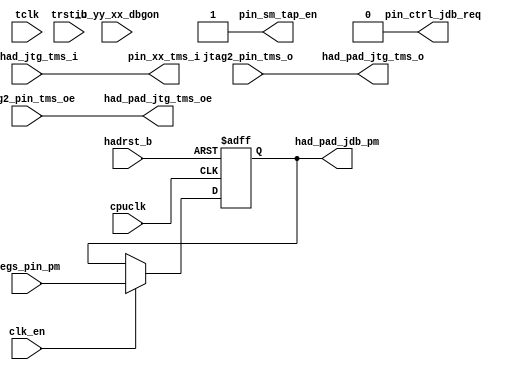
/*Copyright 2018-2021 T-Head Semiconductor Co., Ltd.

Licensed under the Apache License, Version 2.0 (the "License");
you may not use this file except in compliance with the License.
You may obtain a copy of the License at

    http://www.apache.org/licenses/LICENSE-2.0

Unless required by applicable law or agreed to in writing, software
distributed under the License is distributed on an "AS IS" BASIS,
WITHOUT WARRANTIES OR CONDITIONS OF ANY KIND, either express or implied.
See the License for the specific language governing permissions and
limitations under the License.
*/
module cr_had_pin(
  clk_en,
  cpuclk,
  had_pad_jdb_pm,
  had_pad_jtg_tms_o,
  had_pad_jtg_tms_oe,
  hadrst_b,
  iu_yy_xx_dbgon,
  jtag2_pin_tms_o,
  jtag2_pin_tms_oe,
  pad_had_jtg_tms_i,
  pin_ctrl_jdb_req,
  pin_sm_tap_en,
  pin_xx_tms_i,
  regs_pin_pm,
  tclk,
  trst_b
);

// &Ports; @21
input          clk_en;            
input          cpuclk;            
input          hadrst_b;          
input          iu_yy_xx_dbgon;    
input          jtag2_pin_tms_o;   
input          jtag2_pin_tms_oe;  
input          pad_had_jtg_tms_i; 
input   [1:0]  regs_pin_pm;       
input          tclk;              
input          trst_b;            
output  [1:0]  had_pad_jdb_pm;    
output         had_pad_jtg_tms_o; 
output         had_pad_jtg_tms_oe; 
output         pin_ctrl_jdb_req;  
output         pin_sm_tap_en;     
output         pin_xx_tms_i;      

// &Regs; @22
reg            had_pad_jdb_ack_b; 
reg     [1:0]  had_pad_jdb_pm;    
reg            jdb_ack_clr;       

// &Wires; @23
wire           clk_en;            
wire           cpuclk;            
wire           had_pad_jtg_tap_on; 
wire           had_pad_jtg_tms_o; 
wire           had_pad_jtg_tms_oe; 
wire           hadrst_b;          
wire           iu_yy_xx_dbgon;    
wire    [1:0]  jdb_pm;            
wire           jdb_tap_en;        
wire           jtag2_pin_tms_o;   
wire           jtag2_pin_tms_oe;  
wire           pad_had_jtg_tap_en; 
wire           pad_had_jtg_tms_i; 
wire           pin_ctrl_jdb_req;  
wire           pin_sm_tap_en;     
wire           pin_xx_tms_i;      
wire    [1:0]  regs_pin_pm;       
wire           tclk;              
wire           trst_b;            


//==============================================================================
// Had pin in
//==============================================================================
// // &Force("input","pad_had_jdb_req_b"); @28
//==========================================================
// pad_had_jdb_req_b is asynchronous with Tclk,
// flop two Tclk cycles to generate jdb_tap_en and eleminate metastability
//==========================================================

//always @(posedge tclk or negedge trst_b)
//begin
//  if (!trst_b) begin
//    jdb_req_b_ff1 <= 1'b1;
//    jdb_req_b_ff2 <= 1'b1;
//  end
//  else begin
//    jdb_req_b_ff1 <= pad_had_jdb_req_b;
//    jdb_req_b_ff2 <= jdb_req_b_ff1;
//  end
//end

//assign jdb_tap_en = !jdb_req_b_ff2;
assign jdb_tap_en = 1'b0;

//==========================================================
// Asychronous debug request generated to HAD control path.
// flop two cpuclk to generate jbd_req and eleminate metastability
//==========================================================

//always @(posedge cpuclk or negedge hadrst_b)
//begin
//  if (!hadrst_b) begin
//    jdb_req_b_ff3 <= 1'b1;
//    jdb_req_b_ff4 <= 1'b1;
//  end
//  else begin
//    jdb_req_b_ff3 <= pad_had_jdb_req_b;
//    jdb_req_b_ff4 <= jdb_req_b_ff3;
//  end
//end

//assign pin_ctrl_jdb_req = !jdb_req_b_ff4;
assign pin_ctrl_jdb_req = 1'b0;

//==========================================================
// External tap enable signal, flop two Tclk cycles to eleminate metastability
//==========================================================

// always @(posedge tclk or negedge trst_b)
// begin
//   if (!trst_b) begin
//     jtg_tap_en_ff1 <= 1'b0;
//     jtg_tap_en_ff2 <= 1'b0;
//   end
//   else begin
//     jtg_tap_en_ff1 <= pad_had_jtg_tap_en;
//     jtg_tap_en_ff2 <= jtg_tap_en_ff1;
//   end  
// end
// 
// assign jtg_tap_en = jtg_tap_en_ff2;

//==========================================================
// TAP enable signal has two sources:
// 1. jdb_tap_en
// 2. jtg_tap_en
//==========================================================

// Modified Reason: to eleminate relucdant cycles to enter IDLE state
// and keep compatability of software.
// &Force("output", "pin_sm_tap_en"); @95
//assign pin_sm_tap_en = jdb_tap_en || jtg_tap_en;
assign pad_had_jtg_tap_en = 1'b1;
assign pin_sm_tap_en = jdb_tap_en || pad_had_jtg_tap_en;

//==============================================================================
// Had pin out
//==============================================================================

//==========================================================
// CPU mode indicator, asychronous to Tclk
//==========================================================

assign jdb_pm[1:0] = regs_pin_pm[1:0];

always @(posedge cpuclk or negedge hadrst_b)
begin
  if (!hadrst_b)
  begin
   had_pad_jdb_pm[1:0] <= 2'b0;
  end
  else if(clk_en)
  begin
   had_pad_jdb_pm[1:0] <= jdb_pm[1:0];
  end
end
//==========================================================
// CPU output debug ack signal, keep at least 2 tclk LOW. 
// No sychronization is needed though iu_yy_xx_dbgon is cpuclk signal.
//==========================================================

// &Force("nonport", "had_pad_jdb_ack_b"); @126

always @(posedge tclk or negedge trst_b)
begin
  if (!trst_b)
    had_pad_jdb_ack_b <= 1'b1;
  else if (jdb_ack_clr)
    had_pad_jdb_ack_b <= 1'b1;
  else if (iu_yy_xx_dbgon)
    had_pad_jdb_ack_b <= 1'b0;
  else
    had_pad_jdb_ack_b <= had_pad_jdb_ack_b;
end

always @(posedge tclk or negedge trst_b)
begin
  if (!trst_b)
    jdb_ack_clr <= 1'b0;
  else if (!had_pad_jdb_ack_b)
    jdb_ack_clr <= 1'b1;
  else if (!iu_yy_xx_dbgon)
    jdb_ack_clr <= 1'b0;
  else
    jdb_ack_clr <= jdb_ack_clr;
end

//==========================================================
// TAP controller status indicator
//==========================================================

assign had_pad_jtg_tap_on = pin_sm_tap_en;
// &Force("nonport", "had_pad_jtg_tap_on"); @157

assign pin_xx_tms_i = pad_had_jtg_tms_i;
assign had_pad_jtg_tms_o = jtag2_pin_tms_o;
assign had_pad_jtg_tms_oe = jtag2_pin_tms_oe;

// &ModuleEnd; @170
endmodule